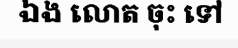
ឯង លោត ចុះ ទៅ